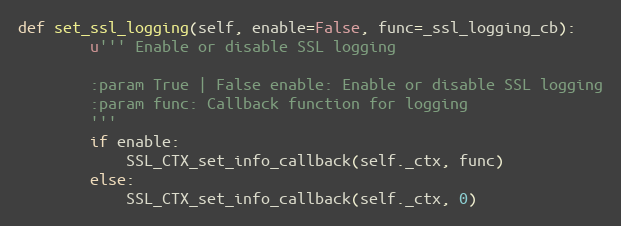
Language: Python
def set_ssl_logging(self, enable=False, func=_ssl_logging_cb):
        u''' Enable or disable SSL logging

        :param True | False enable: Enable or disable SSL logging
        :param func: Callback function for logging
        '''
        if enable:
            SSL_CTX_set_info_callback(self._ctx, func)
        else:
            SSL_CTX_set_info_callback(self._ctx, 0)